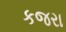
કજરા